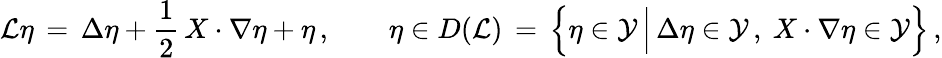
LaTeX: \mathcal{L}\eta\, =\, \Delta\eta+\frac{1}{2}\, X\cdot\nabla\eta+\eta\, ,\qquad\eta\in D(\mathcal{L})\, =\, \Bigl\{ \eta\in\mathcal{Y}\, \Big|\, \Delta\eta\in\mathcal{Y}\, ,~X\cdot\nabla\eta\in\mathcal{Y}\Bigr\} \, ,